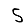
Digit: 5